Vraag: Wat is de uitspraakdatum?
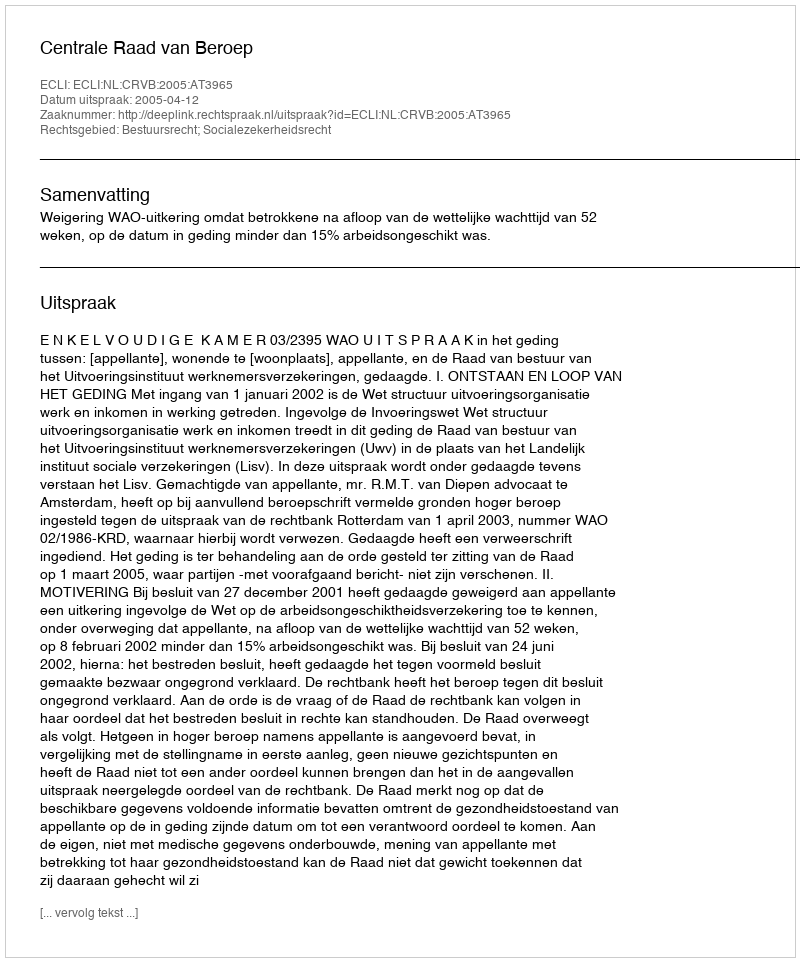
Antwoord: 2005-04-12